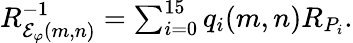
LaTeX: \begin{array}{r}{R_{{\mathcal E}_{\varphi}(m,n)}^{-1}=\sum_{i=0}^{15}q_{i}(m,n)R_{P_{i}}.}\end{array}